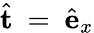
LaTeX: \hat{\mathbf{t}}~=~\hat{\mathbf{e}}_{x}